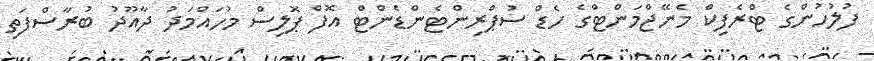
ފުލުހުންގެ ޓްރެފިކް މެނޭޖްމަންޓްގެ ހެޑް ސުޕްރިންޓެންޑެންޓް އޮފް ޕޮލިސް މުހައްމަދު ދާއޫދު ބުރާސްފަތި